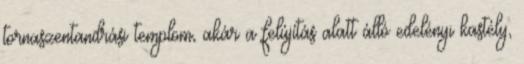
tornaszentandrási templom, akár a felújítás alatt álló edelényi kastély,